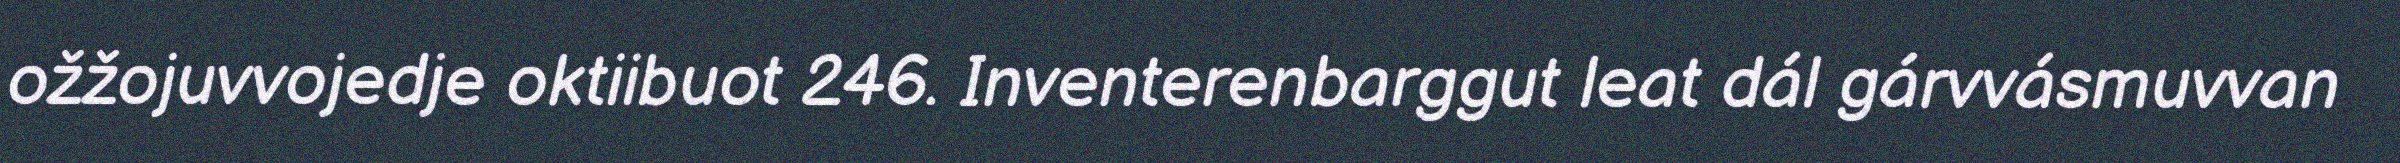
ožžojuvvojedje oktiibuot 246. Inventerenbarggut leat dál gárvvásmuvvan